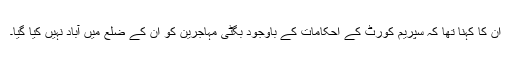
ان کا کہنا تھا کہ سپریم کورٹ کے احکامات کے باوجود بگٹی مہاجرین کو ان کے ضلع میں آباد نہیں کیا گیا۔